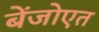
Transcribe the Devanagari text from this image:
बेंजोएत